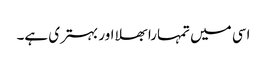
اسی میں تمہارا بھلا اور بہتری ہے۔